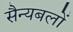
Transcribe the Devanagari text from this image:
सैन्यबलों